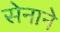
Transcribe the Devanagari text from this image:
सेनाने